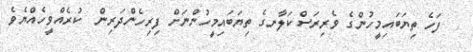
ފަހެ ތިޔަބައިމީހުންގެ ވެރިރަސްކަލާނގެ ތިޔަބައިމީހުންނަށް ފިރިހެންދަރިން  ކުރެއްވީހެއްޔެވެ